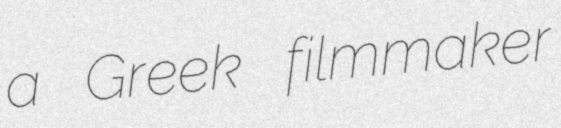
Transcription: a Greek filmmaker